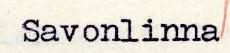
Savonlinna